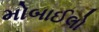
મોબાઈલો